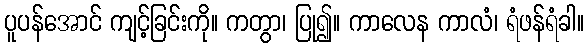
ပူပန်အောင် ကျင့်ခြင်းကို။ ကတွာ၊ ပြု၍။ ကာလေန ကာလံ၊ ရံဖန်ရံခါ။